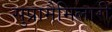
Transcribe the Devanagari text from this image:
सुप्रामैमिलारी